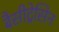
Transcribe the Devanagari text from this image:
बैसीट्रेसिन